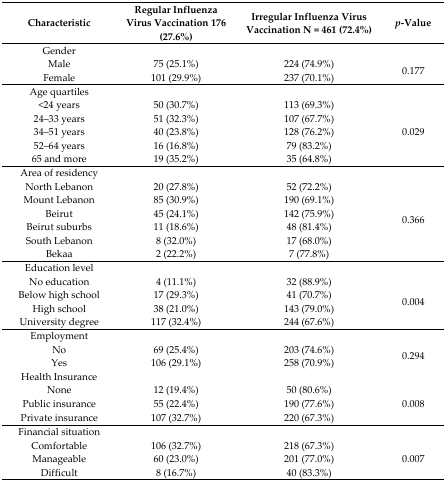
<table><thead><tr><td><b>Characteristic</b></td><td><b>Regular Influenza Virus Vaccination 176 (27.6%)</b></td><td><b>Irregular Influenza Virus Vaccination N = 461 (72.4%)</b></td><td><b><i>p</i>-Value</b></td></tr></thead><tbody><tr><td>Gender</td><td></td><td></td><td></td></tr><tr><td>Male</td><td>75 (25.1%)</td><td>224 (74.9%)</td><td rowspan="2">0.177</td></tr><tr><td>Female</td><td>101 (29.9%)</td><td>237 (70.1%)</td></tr><tr><td>Age quartiles</td><td></td><td></td><td></td></tr><tr><td>&lt;24 years</td><td>50 (30.7%)</td><td>113 (69.3%)</td><td rowspan="5">0.029</td></tr><tr><td>24–33 years</td><td>51 (32.3%)</td><td>107 (67.7%)</td></tr><tr><td>34–51 years</td><td>40 (23.8%)</td><td>128 (76.2%)</td></tr><tr><td>52–64 years</td><td>16 (16.8%)</td><td>79 (83.2%)</td></tr><tr><td>65 and more</td><td>19 (35.2%)</td><td>35 (64.8%)</td></tr><tr><td>Area of residency</td><td></td><td></td><td></td></tr><tr><td>North Lebanon</td><td>20 (27.8%)</td><td>52 (72.2%)</td><td rowspan="6">0.366</td></tr><tr><td>Mount Lebanon</td><td>85 (30.9%)</td><td>190 (69.1%)</td></tr><tr><td>Beirut</td><td>45 (24.1%)</td><td>142 (75.9%)</td></tr><tr><td>Beirut suburbs</td><td>11 (18.6%)</td><td>48 (81.4%)</td></tr><tr><td>South Lebanon</td><td>8 (32.0%)</td><td>17 (68.0%)</td></tr><tr><td>Bekaa</td><td>2 (22.2%)</td><td>7 (77.8%)</td></tr><tr><td>Education level</td><td></td><td></td><td></td></tr><tr><td>No education</td><td>4 (11.1%)</td><td>32 (88.9%)</td><td rowspan="4">0.004</td></tr><tr><td>Below high school</td><td>17 (29.3%)</td><td>41 (70.7%)</td></tr><tr><td>High school</td><td>38 (21.0%)</td><td>143 (79.0%)</td></tr><tr><td>University degree</td><td>117 (32.4%)</td><td>244 (67.6%)</td></tr><tr><td>Employment</td><td></td><td></td><td></td></tr><tr><td>No</td><td>69 (25.4%)</td><td>203 (74.6%)</td><td rowspan="2">0.294</td></tr><tr><td>Yes</td><td>106 (29.1%)</td><td>258 (70.9%)</td></tr><tr><td>Health Insurance</td><td></td><td></td><td></td></tr><tr><td>None</td><td>12 (19.4%)</td><td>50 (80.6%)</td><td rowspan="3">0.008</td></tr><tr><td>Public insurance</td><td>55 (22.4%)</td><td>190 (77.6%)</td></tr><tr><td>Private insurance</td><td>107 (32.7%)</td><td>220 (67.3%)</td></tr><tr><td>Financial situation</td><td></td><td></td><td></td></tr><tr><td>Comfortable</td><td>106 (32.7%)</td><td>218 (67.3%)</td><td rowspan="3">0.007</td></tr><tr><td>Manageable</td><td>60 (23.0%)</td><td>201 (77.0%)</td></tr><tr><td>Difficult</td><td>8 (16.7%)</td><td>40 (83.3%)</td></tr></tbody></table>